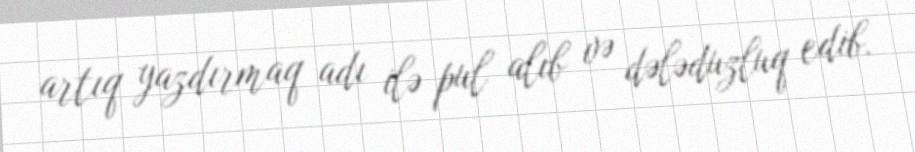
artıq yazdırmaq adı ilə pul alıb və dələduzluq edib.